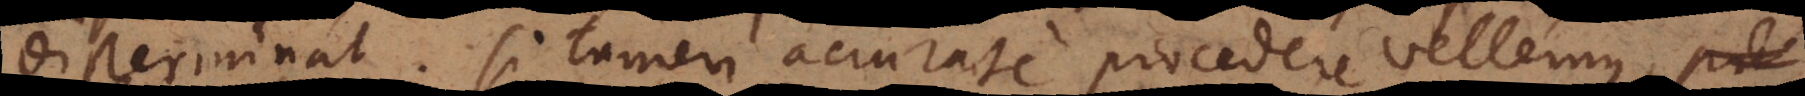
disterminat. Si tamen accurate procedere vellemus, pu